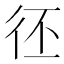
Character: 𢓖